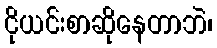
ငိုယင်းစာဆိုနေတာဘဲ၊